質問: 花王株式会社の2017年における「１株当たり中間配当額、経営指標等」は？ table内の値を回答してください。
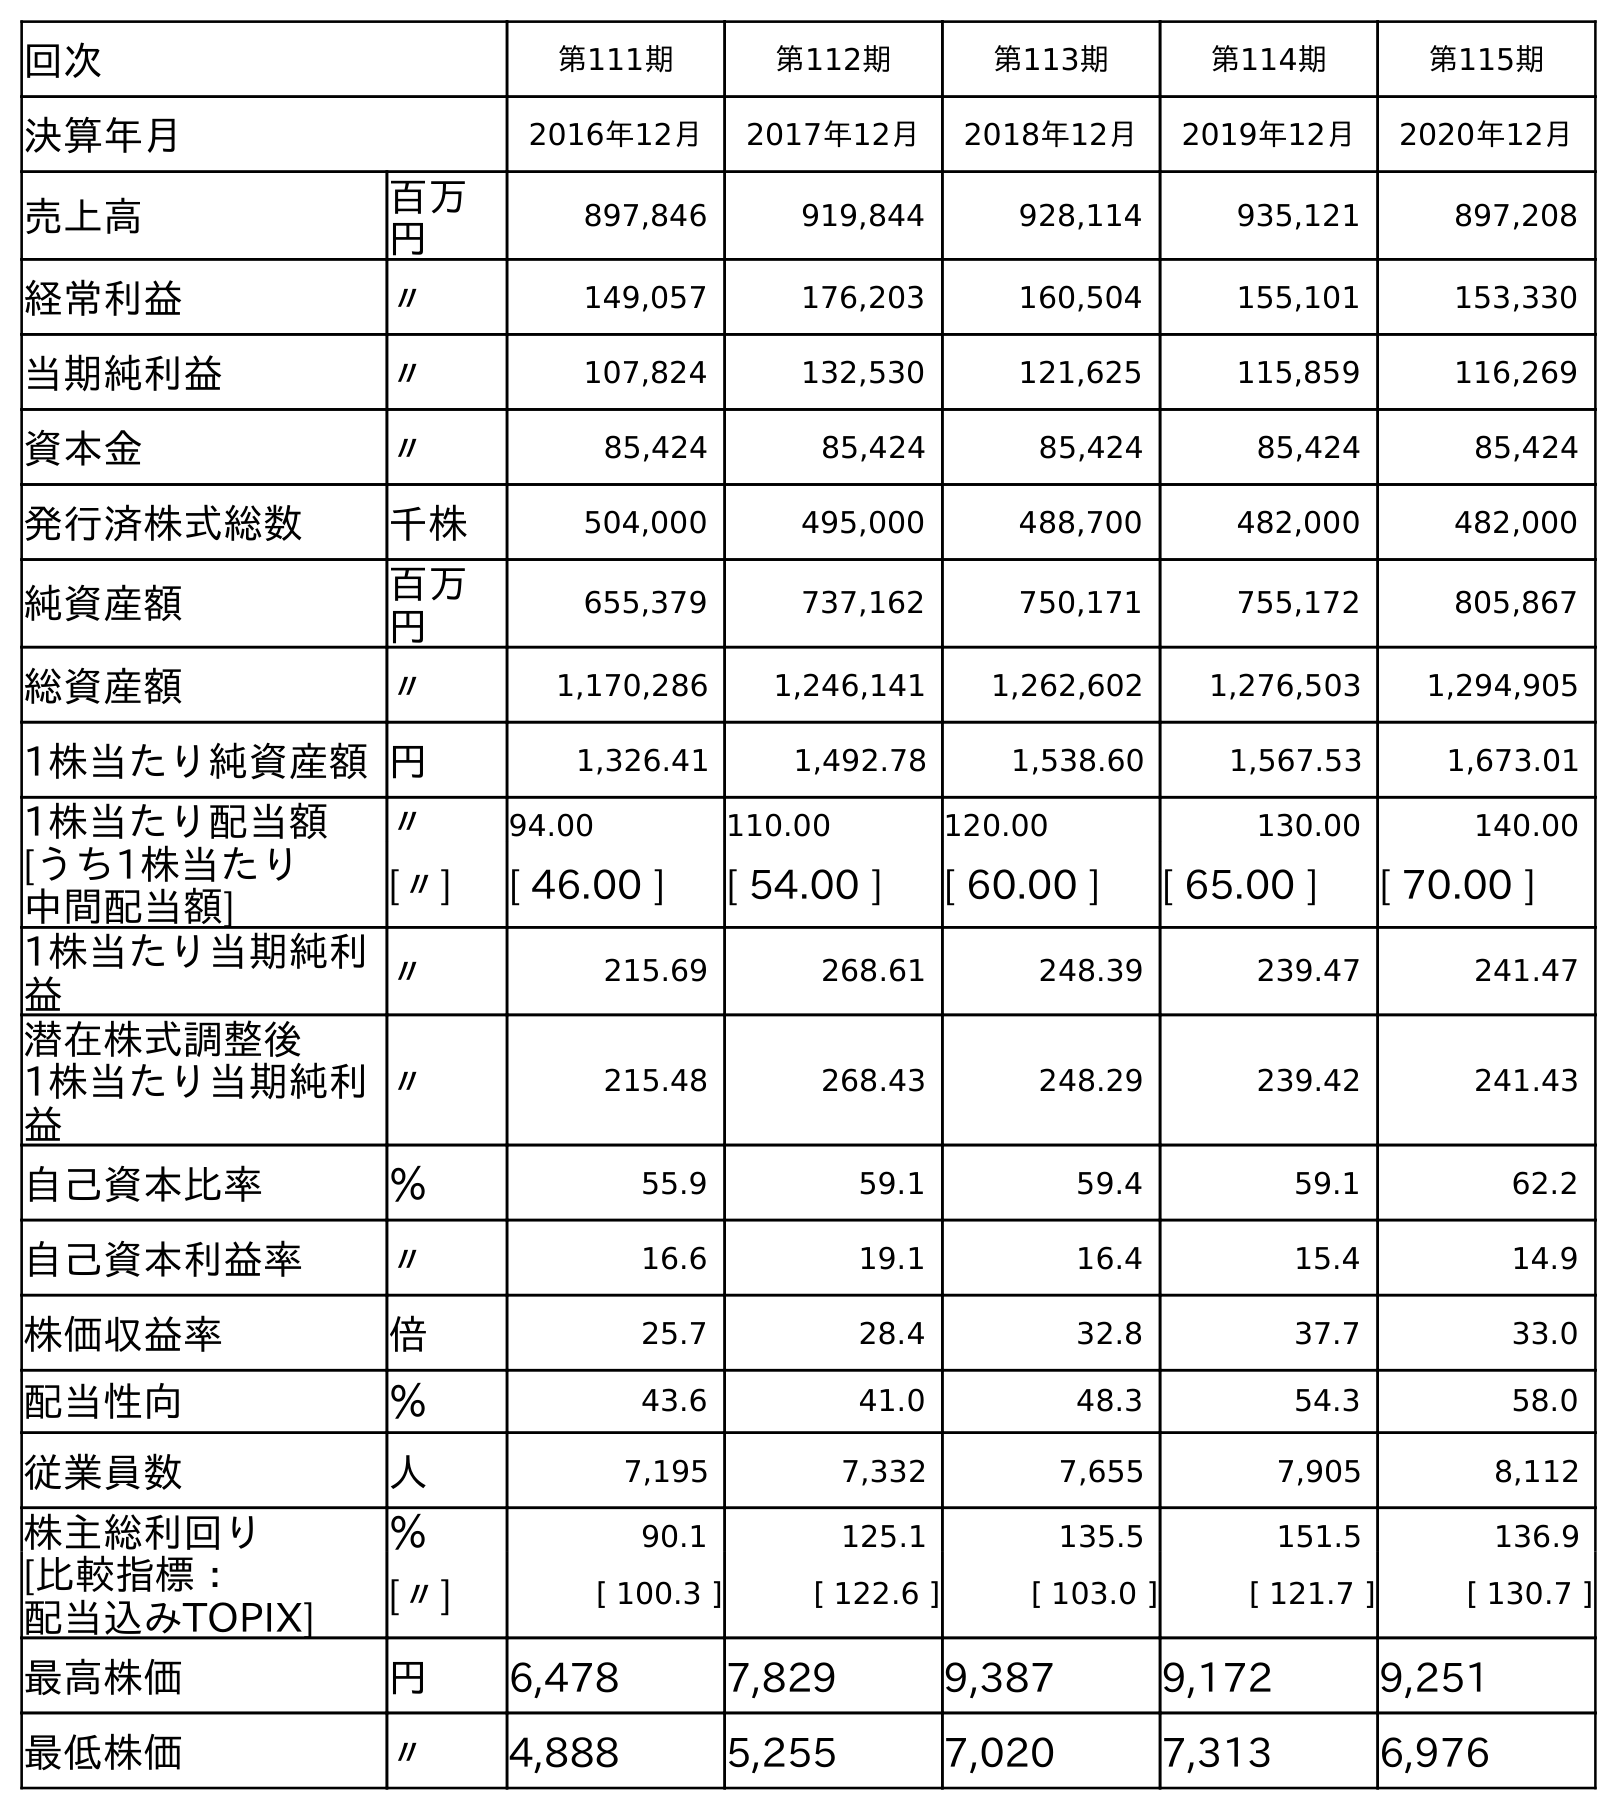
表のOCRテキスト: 回次 第111期 第112期 第113期 第114期 第115期 決算年月 2016年12月 2017年12月 2018年12月 2019年12月 2020年12月 売上高 百万 円 897,846 919,844 928,114 935,121 897,208 経常利益 〃 149,057 176,203 160,504 155,101 153,330 当期純利益 〃 107,824 132,530 121,625 115,859 116,269 資本金 〃 85,424 85,424 85,424 85,424 85,424 発行済株式総数 千株 504,000 495,000 488,700 482,000 482,000 純資産額 百万 円 655,379 737,162 750,171 755,172 805,867 総資産額 〃 1,170,286 1,246,141 1,262,602 1,276,503 1,294,905 1株当たり純資産額円 1,326.41 1,492.78 1,538.60 1,567.53 1,673.01 1株当たり配当額 〃 94.00 110.00 120.00 130.00 140.00 [うち1株当たり 中間配当額] [〃] [ 46.00 ] [ 54.00 ] [ 60.00 ] [ 65.00 ] [ 70.00 ] 1株当たり当期純利 益 〃 215.69 268.61 248.39 239.47 241.47 潜在株式調整後 1株当たり当期純利 益 〃 215.48 268.43 248.29 239.42 241.43 自己資本比率 ％ 55.9 59.1 59.4 59.1 62.2 自己資本利益率 〃 16.6 19.1 16.4 15.4 14.9 株価収益率 倍 25.7 28.4 32.8 37.7 33.0 配当性向 ％ 43.6 41.0 48.3 54.3 58.0 従業員数 人 7,195 7,332 7,655 7,905 8,112 株主総利回り ％ 90.1 125.1 135.5 151.5 136.9 [比較指標： 配当込みTOPIX] [〃] [ 100.3 ] [ 122.6 ] [ 103.0 ] [ 121.7 ] [ 130.7 ] 最高株価 円 6,478 7,829 9,387 9,172 9,251 最低株価 〃 4,888 5,255 7,020 7,313 6,976
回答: [54.00]